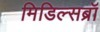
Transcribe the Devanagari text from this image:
मिडिल्सब्रॉ